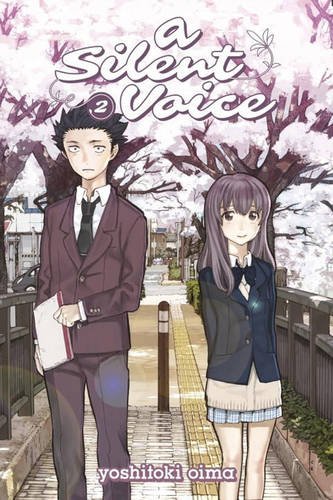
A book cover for A Silent Voice 2; Yoshitoki Oima; Comics & Graphic Novels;